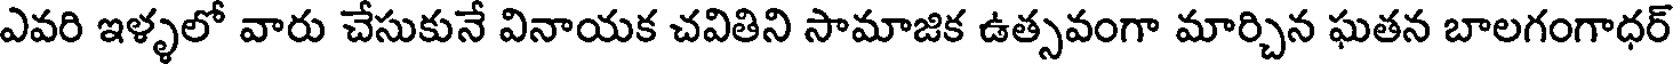
ఎవరి ఇళ్ళలో వారు చేసుకునే వినాయక చవితిని సామాజిక ఉత్సవంగా మార్చిన ఘతన బాలగంగాధర్